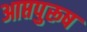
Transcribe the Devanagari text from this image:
आप्तपुरूष